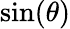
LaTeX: \sin(\theta)